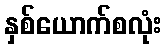
နှစ်ယောက်စလုံး